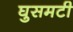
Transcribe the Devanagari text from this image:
घुसमटी